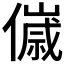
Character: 𬿴